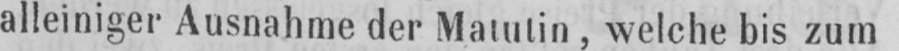
alleiniger Ausnahme der Matutin, welche bis zum